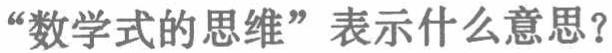
“数学式的思维”表示什么意思？